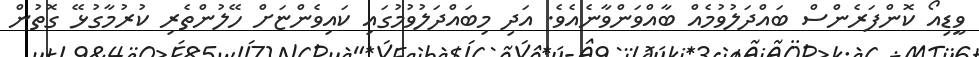
ވީޑިއޯ ކޮންފަރެންސް ބައްދަލުވުމެއް ބާއްވަންވާނެއެވެ. އަދި މިބައްދަލުވުމުގައި ކައިވެންޏަށް ހޭލުންތެރި ކުރުމާގުޅޭ ގޮތުން